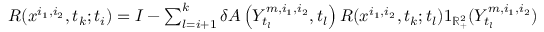
\begin{array} { r } { R ( x ^ { i _ { 1 } , i _ { 2 } } , t _ { k } ; t _ { i } ) = I - \sum _ { l = i + 1 } ^ { k } \delta A \left( Y _ { t _ { l } } ^ { m , i _ { 1 } , i _ { 2 } } , t _ { l } \right) R ( x ^ { i _ { 1 } , i _ { 2 } } , t _ { k } ; t _ { l } ) 1 _ { \mathbb { R } _ { + } ^ { 2 } } ( Y _ { t _ { l } } ^ { m , i _ { 1 } , i _ { 2 } } ) } \end{array}